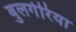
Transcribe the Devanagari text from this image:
बुलगेरिया